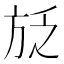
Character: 𭤱